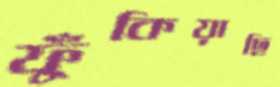
ফুঁকিয়াছি